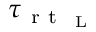
\tau _ { \mathrm { ~ r ~ t ~ } _ { \mathrm { ~ L ~ } } }